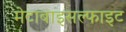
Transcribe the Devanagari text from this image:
मेटाबाइसल्फाइट